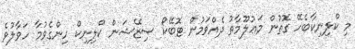
މި ކްލިނިކާބެހޭ ގޮތުން މަޢުލޫމާތު ދެއްވަމުން ޓޮބޭކޯ ސިޒޭޝަން ކްލިނިކް ހިންގެވުމާ ހަވާލުވެ